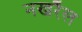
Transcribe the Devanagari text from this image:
नखरैल